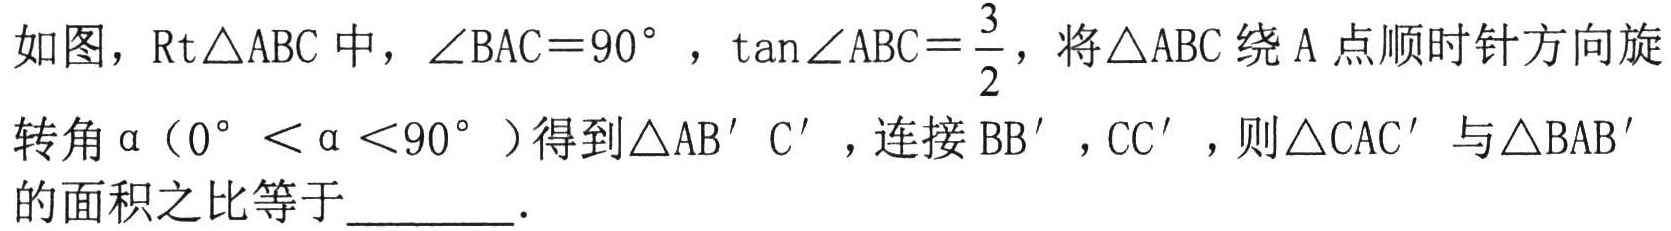
如图，$\text{Rt}\triangle ABC$中，$\angle BAC = 90^{\circ}$，$\tan\angle ABC=\dfrac{3}{2}$，将$\triangle ABC$绕$A$点顺时针方向旋转角$\alpha$（$0^{\circ}<\alpha<90^{\circ}$）得到$\triangle AB'C'$，连接$BB'$，$CC'$，则$\triangle CAC'$与$\triangle BAB'$的面积之比等于________．